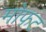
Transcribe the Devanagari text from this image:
मोफट